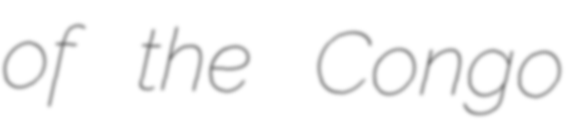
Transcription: of the Congo